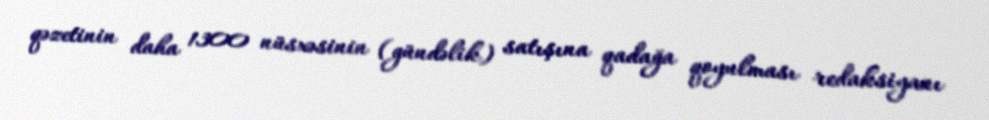
qəzetinin daha 1300 nüsxəsinin (gündəlik) satışına qadağa qoyulması redaksiyanı